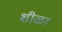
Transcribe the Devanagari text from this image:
शीळा